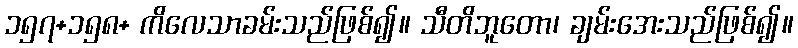
၁၅၇+၁၅၈+ ကိလေသာခမ်းသည်ဖြစ်၍။ သီတိဘူတော၊ ချမ်းအေးသည်ဖြစ်၍။